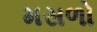
મસળો